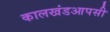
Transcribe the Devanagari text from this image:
कालखंडआपसी